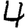
Digit: 4